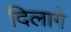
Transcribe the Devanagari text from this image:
दिलागे